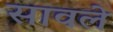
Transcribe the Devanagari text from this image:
सावले